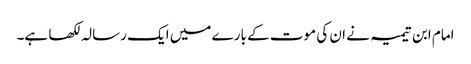
امام ابن تیمیہ نے ان کی موت کے بارے میں ایک رسالہ لکھا ہے۔